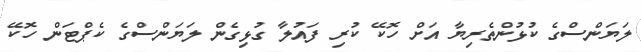
ލަޔަންސްގެ ކުޅުންތެރިޔާ އަށް ހޮކޭ ކުރި ފައުލާ ގުޅިގެން ލަޔަންސްގެ ކެޕްޓަން ހޮކޭ